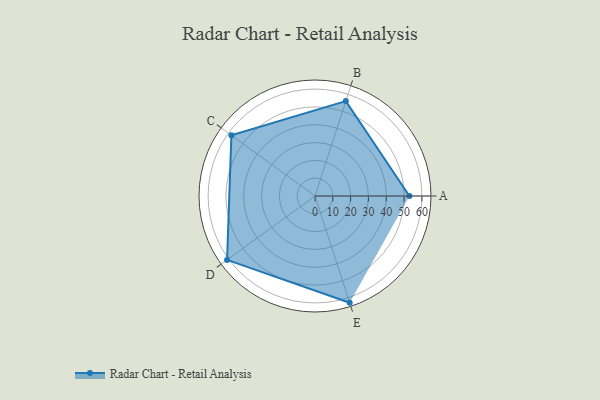
{"axis": {"x": "Skill", "y": "Score"}, "legend": ["Profile"], "data": [{"x": "A", "y": 53.0, "type": "Profile"}, {"x": "B", "y": 56.0, "type": "Profile"}, {"x": "C", "y": 58.0, "type": "Profile"}, {"x": "D", "y": 61.0, "type": "Profile"}, {"x": "E", "y": 63.0, "type": "Profile"}]}